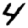
Digit: 4